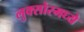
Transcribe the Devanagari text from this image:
लुक्सोरमध्ये